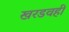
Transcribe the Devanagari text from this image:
खरडवही